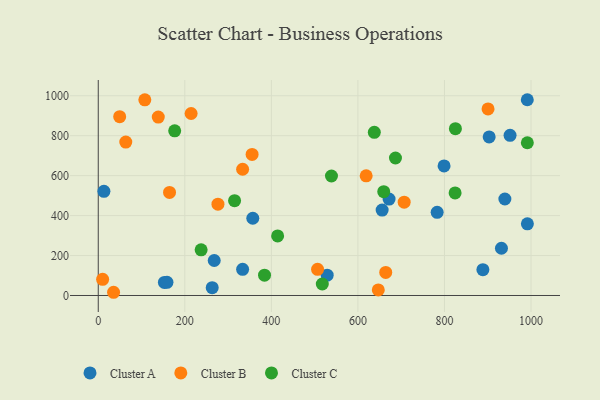
{"axis": {"x": "Investment", "y": "Fuel Efficiency"}, "legend": ["Cluster A", "Cluster B", "Cluster C"], "data": [{"x": "152.8", "y": 65.2, "type": "Cluster A"}, {"x": "799.1", "y": 648.5, "type": "Cluster A"}, {"x": "939.6", "y": 483.2, "type": "Cluster A"}, {"x": "656.0", "y": 427.6, "type": "Cluster A"}, {"x": "357.1", "y": 386.7, "type": "Cluster A"}, {"x": "158.8", "y": 66.1, "type": "Cluster A"}, {"x": "13.1", "y": 521.6, "type": "Cluster A"}, {"x": "903.3", "y": 794.0, "type": "Cluster A"}, {"x": "529.0", "y": 101.8, "type": "Cluster A"}, {"x": "333.6", "y": 130.9, "type": "Cluster A"}, {"x": "931.7", "y": 236.6, "type": "Cluster A"}, {"x": "991.6", "y": 358.7, "type": "Cluster A"}, {"x": "268.0", "y": 175.1, "type": "Cluster A"}, {"x": "783.1", "y": 416.4, "type": "Cluster A"}, {"x": "888.8", "y": 129.0, "type": "Cluster A"}, {"x": "263.3", "y": 39.1, "type": "Cluster A"}, {"x": "951.6", "y": 801.8, "type": "Cluster A"}, {"x": "672.0", "y": 482.7, "type": "Cluster A"}, {"x": "991.4", "y": 980.1, "type": "Cluster A"}, {"x": "214.6", "y": 911.1, "type": "Cluster B"}, {"x": "164.7", "y": 515.9, "type": "Cluster B"}, {"x": "138.7", "y": 893.3, "type": "Cluster B"}, {"x": "355.5", "y": 706.2, "type": "Cluster B"}, {"x": "10.1", "y": 81.1, "type": "Cluster B"}, {"x": "647.1", "y": 28.0, "type": "Cluster B"}, {"x": "333.6", "y": 631.9, "type": "Cluster B"}, {"x": "506.8", "y": 131.1, "type": "Cluster B"}, {"x": "49.5", "y": 895.2, "type": "Cluster B"}, {"x": "900.7", "y": 934.0, "type": "Cluster B"}, {"x": "63.6", "y": 768.1, "type": "Cluster B"}, {"x": "276.6", "y": 457.1, "type": "Cluster B"}, {"x": "706.9", "y": 467.2, "type": "Cluster B"}, {"x": "35.4", "y": 16.1, "type": "Cluster B"}, {"x": "664.3", "y": 115.5, "type": "Cluster B"}, {"x": "619.1", "y": 598.9, "type": "Cluster B"}, {"x": "107.6", "y": 979.6, "type": "Cluster B"}, {"x": "824.6", "y": 513.5, "type": "Cluster C"}, {"x": "414.5", "y": 298.4, "type": "Cluster C"}, {"x": "825.3", "y": 835.3, "type": "Cluster C"}, {"x": "991.5", "y": 764.8, "type": "Cluster C"}, {"x": "517.7", "y": 57.6, "type": "Cluster C"}, {"x": "384.2", "y": 101.5, "type": "Cluster C"}, {"x": "176.6", "y": 824.5, "type": "Cluster C"}, {"x": "237.7", "y": 228.7, "type": "Cluster C"}, {"x": "659.7", "y": 520.0, "type": "Cluster C"}, {"x": "538.9", "y": 598.2, "type": "Cluster C"}, {"x": "315.0", "y": 474.7, "type": "Cluster C"}, {"x": "637.9", "y": 816.7, "type": "Cluster C"}, {"x": "686.8", "y": 688.4, "type": "Cluster C"}]}